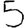
Digit: 5